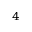
_ 4